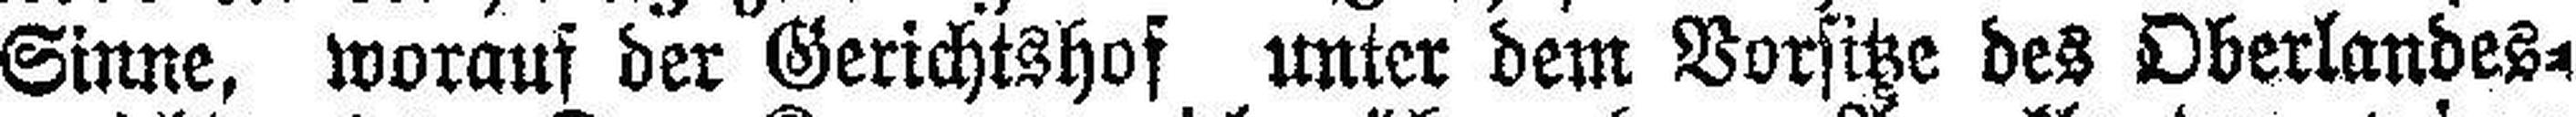
Sinne, woraus der Gerichtshof unter dem Vorsitze des Oberlandes¬